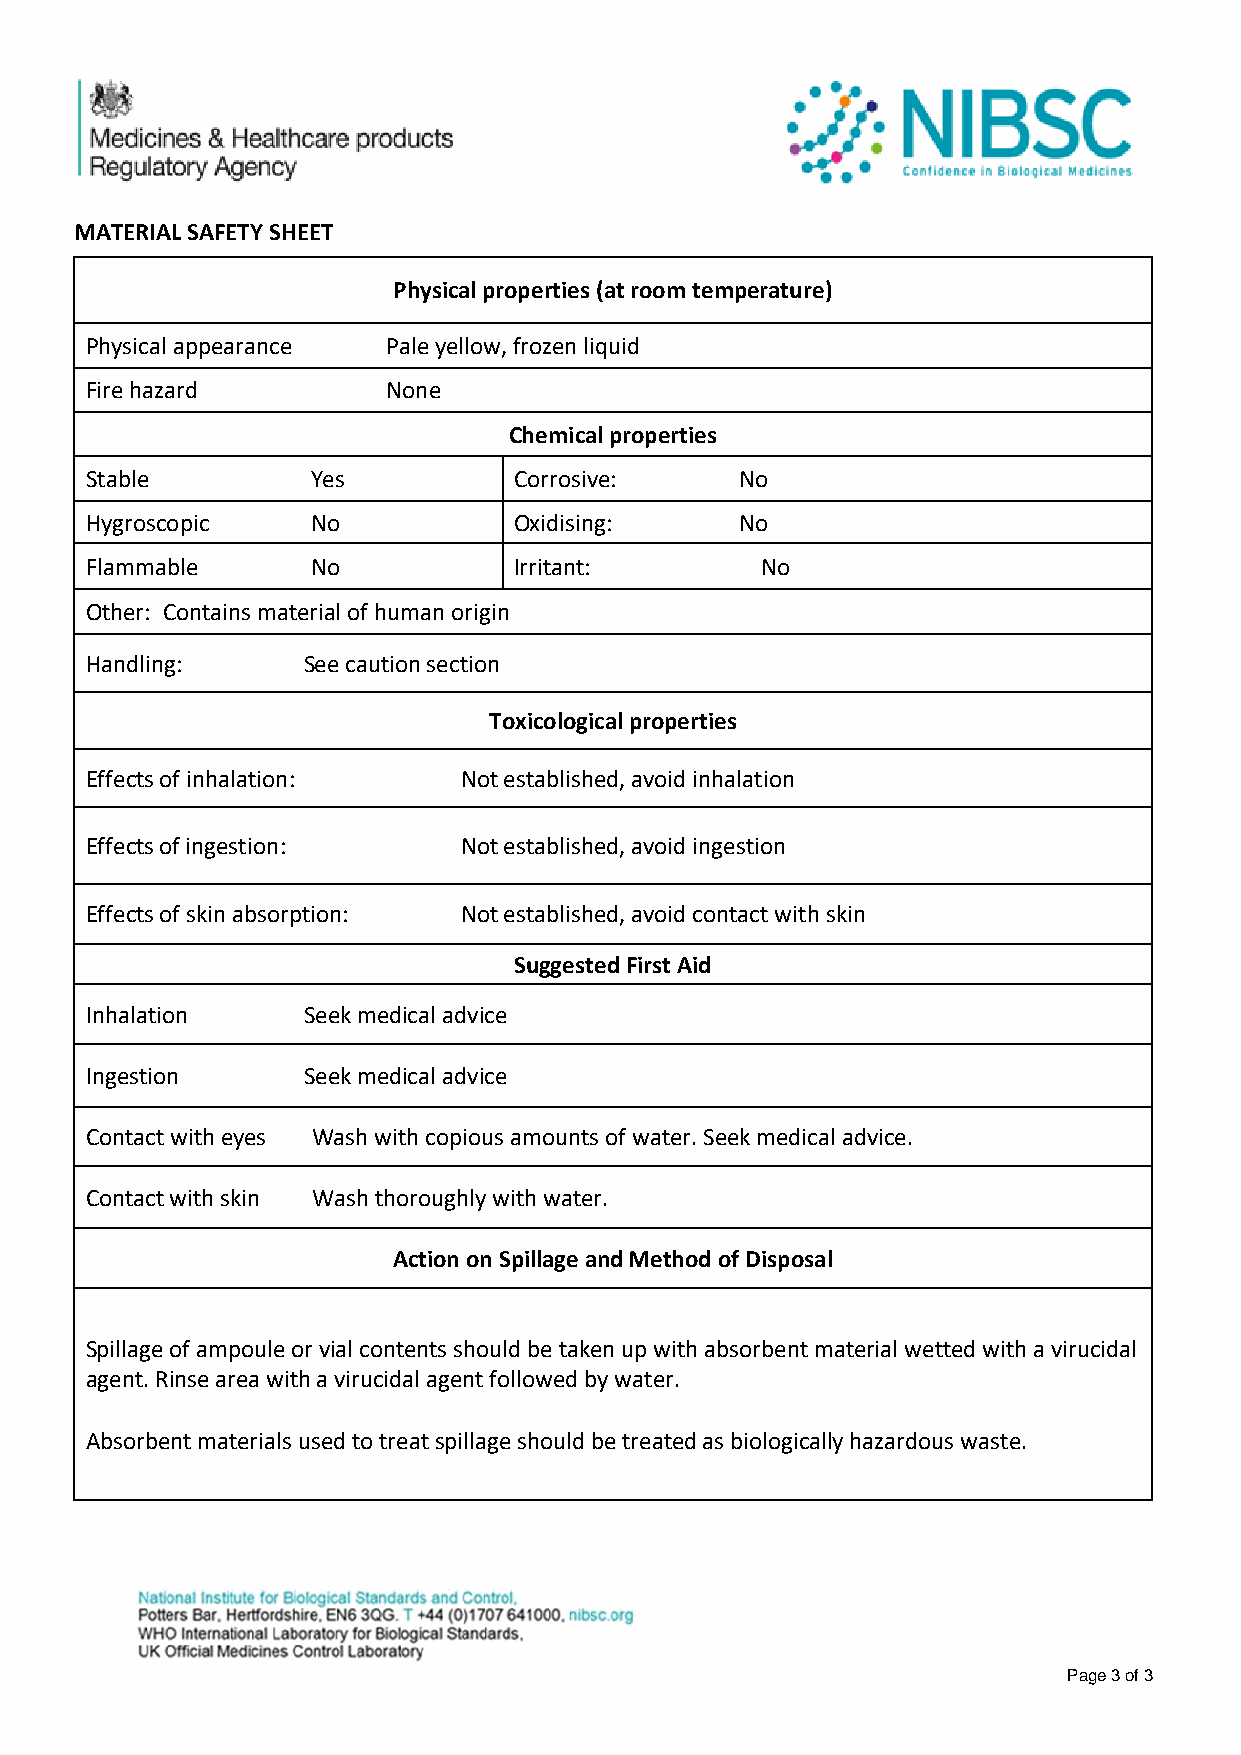
MATERIAL SAFETY SHEET
 Physical properties (at room temperature)
 Physical appearance Pale yellow, frozen liquid
 Fire hazard         None
 Chemical properties
 Stable         Yes          Corrosive:     No
 Hygroscopic    No           Oxidising:     No
 Flammable      No           Irritant:       No
 Other: Contains material of human origin
 Handling:     See caution section
 Toxicological properties
 Effects of inhalation:  Not established, avoid inhalation
 Effects of ingestion:   Not established, avoid ingestion
 Effects of skin absorption: Not established, avoid contact with skin
 Suggested First Aid
 Inhalation    Seek medical advice
 Ingestion     Seek medical advice
 Contact with eyes Wash with copious amounts of water. Seek medical advice.
 Contact with skin Wash thoroughly with water.
 Action on Spillage and Method of Disposal
 Spillage of ampoule or vial contents should be taken up with absorbent material wetted with a virucidal
 agent. Rinse area with a virucidal agent followed by water.
 Absorbent materials used to treat spillage should be treated as biologically hazardous waste.
 Page 3 of 3